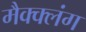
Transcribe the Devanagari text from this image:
मैक्क्लंग